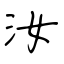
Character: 汝